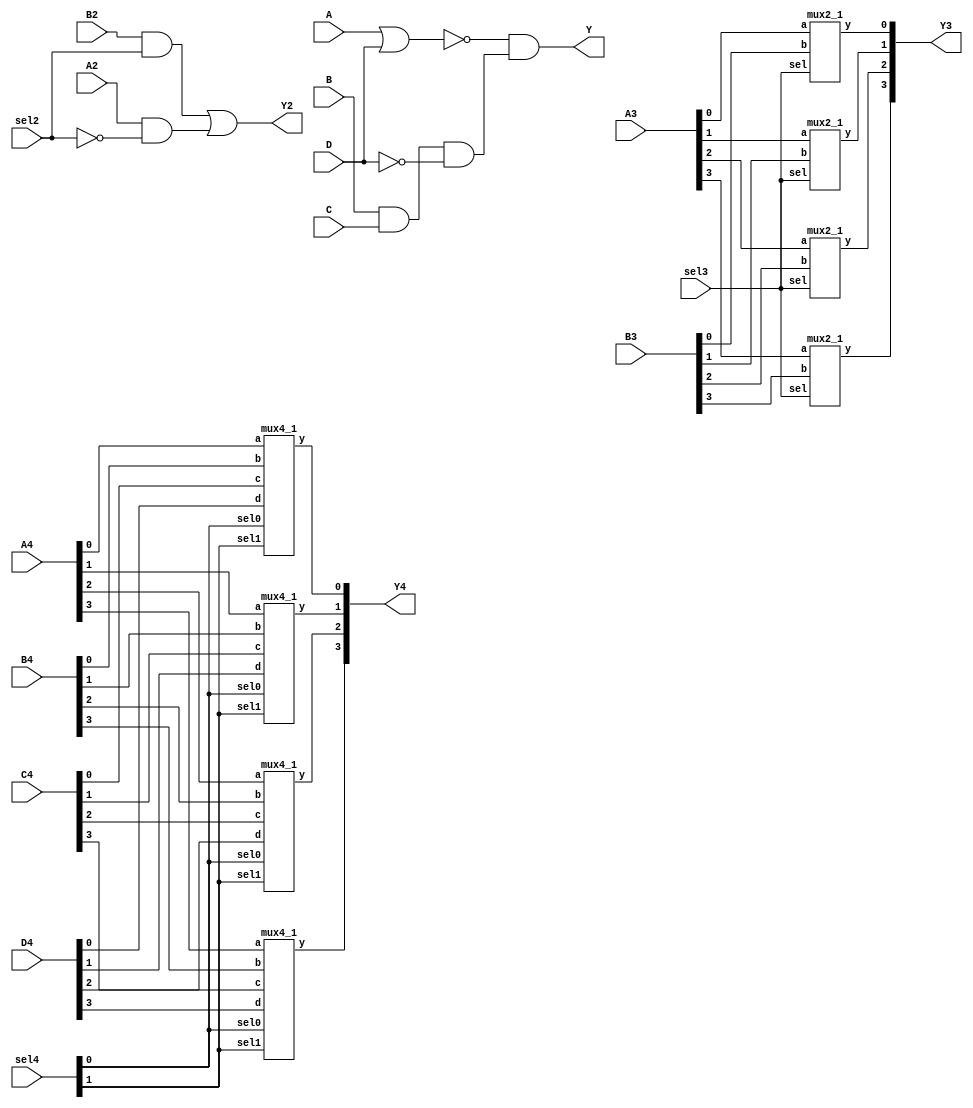
/*
Matthew Capuano
EE 417
Assignment 1
Assignemnt Date: 1/27/2021
*/

module assignment_1(

//design 1:
input  A,
input  B,
input  C,
input  D,
output Y,

//design 2 (1BIT 2-1 MUX):
input  A2,
input  B2,
input  sel2,
output Y2,

//design 2 (4BIT 2-1 MUX):
input [3:0]  A3,
input [3:0]  B3,
input        sel3,
output [3:0] Y3,

//design 2 (4BIT 4-1 MUX):
input [3:0] A4,
input [3:0] B4,
input [3:0] C4,
input [3:0] D4,
input [1:0] sel4,
output [3:0] Y4
);

//design 1:
wire s1;
wire s2;

or or1(s1, A, D);				///implementation of primitive logics gates for design 1
and and1(s2, B, C, !D);
and and2(Y, !s1, s2);


//design 2: (1BIT 2-1MUX)
wire s3;
wire s4;

and and3(s3, B2, sel2);     ////implementation of primitive logic gates for part A of design 2
and and4(s4, A2, !sel2);
or or2(Y2, s3, s4);


//design 2: (4BIT 2-1MUX)
mux2_1 mu0(						////instantiation of 4 instances of 1 bit 2-1 mux, one for each input bit for part C of design 2
.a   (A3[0]),					//the same select bit gets routed to every instance
.b   (B3[0]),
.sel (sel3),
.y   (Y3[0])

);

mux2_1 mu1(
.a   (A3[1]),
.b   (B3[1]),
.sel (sel3),
.y   (Y3[1])

);

mux2_1 mu2(
.a   (A3[2]),
.b   (B3[2]),
.sel (sel3),
.y   (Y3[2])


);


mux2_1 mu3(
.a   (A3[3]),
.b   (B3[3]),
.sel (sel3),
.y   (Y3[3])

);

//design 2: (4Bit 4-1MUX)
mux4_1 mux0(   				///instantiation of 4 instances of 1 bit 4-1 mux, one for each input bit for part D of design 2
.a (A4[0]),						//the same select bits get routed to every instance
.b (B4[0]),
.c (C4[0]),
.d (D4[0]),
.sel1 (sel4[1]),
.sel0 (sel4[0]),
.y (Y4[0])
);

mux4_1 mux1(
.a (A4[1]),
.b (B4[1]),
.c (C4[1]),
.d (D4[1]),
.sel1 (sel4[1]),
.sel0 (sel4[0]),
.y (Y4[1])
);
mux4_1 mux2(
.a (A4[2]),
.b (B4[2]),
.c (C4[2]),
.d (D4[2]),
.sel1 (sel4[1]),
.sel0 (sel4[0]),
.y (Y4[2])
);

mux4_1 mux3(
.a (A4[3]),
.b (B4[3]),
.c (C4[3]),
.d (D4[3]),
.sel1 (sel4[1]),
.sel0 (sel4[0]),
.y (Y4[3])
);

endmodule







//2-1 1 Bit Mux Module      	
module mux2_1(
input a,
input b,
input sel,
output y
);

wire s5;
wire s6;
									///primitive gate logic used when mux2_1 is instantiated
and and5(s5, b, sel);
and and6(s6, a, !sel);
or or3(y, s5, s6);


endmodule


//4-1 1 Bit Mux Module
module mux4_1(
input a,
input b,
input c,
input d,
input sel1,
input sel0,
output y
);

wire s7;
wire s8;
wire s9;
wire s10;
										///primitive gate logic used when mux4_1 is instantiated
and and7(s7, a, !sel1, !sel0);
and and8(s8, b, !sel1,  sel0);
and and9(s9, c,  sel1, !sel0);
and and10(s10, d, sel1, sel0);
or (y, s7, s8, s9, s10);


endmodule